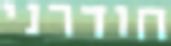
חודרני